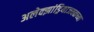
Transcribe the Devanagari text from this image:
अलेक्झांड्रियाजवळच्या